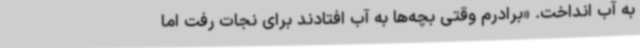
به آب انداخت. «برادرم وقتی بچه‌ها به آب افتادند برای نجات رفت اما